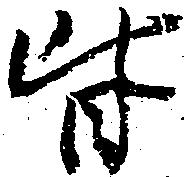
皆